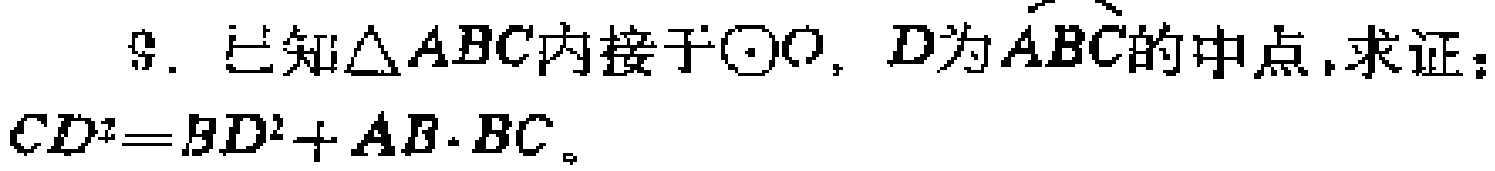
9. 已知\(\triangle ABC\)内接于\(\odot O\)，\(D\)为\(\overset{\frown}{ABC}\)的中点，求证：\(CD^{2}=BD^{2}+AB\cdot BC\)。